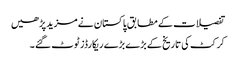
تفصیلات کے مطابق پاکستان نے مزید پڑھیں
کرکٹ کی تاریخ کے بڑے بڑے ریکارڈز ٹوٹ گئے ۔